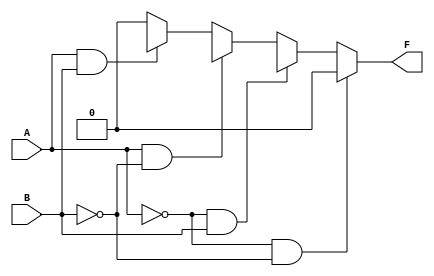
module two_variable_kmap (
    input wire A,  // Input variable A
    input wire B,  // Input variable B
    output wire F  // Output variable F
);

// Define the K-map output based on the values of A and B
assign F = (A == 0 && B == 0) ? F0 :  // Cell 0
           (A == 0 && B == 1) ? F1 :  // Cell 1
           (A == 1 && B == 0) ? F2 :  // Cell 2
           (A == 1 && B == 1) ? F3 :  // Cell 3
           1'b0;  // Default case (shouldn't occur)

endmodule